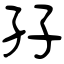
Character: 孖